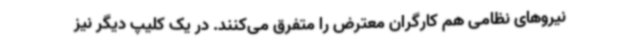
نیروهای نظامی هم کارگران معترض را متفرق می‌کنند. در یک کلیپ دیگر نیز